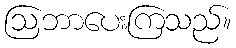
ဩဘာပေးကြသည်။